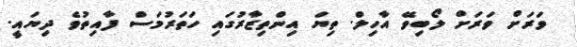
ވަރަށް ވަރަށް ލޯބިވޭ އާހިލް. ތިޔަ އިންތިޒާރުގައި ހަތަރުމަސް ފާއިތުވެ ދިޔައީ.